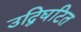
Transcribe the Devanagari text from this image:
उद्विघटित